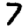
Digit: 7